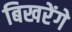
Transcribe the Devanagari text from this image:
बिखरेंगे